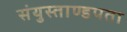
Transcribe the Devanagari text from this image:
संयुस्ताण्डपता